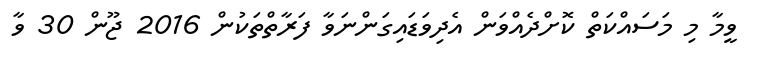
ވީމާ މި މަސައްކަތް ކޮށްދެއްވަން އެދިވަޑައިގަންނަވާ ފަރާތްތަކުން 2016 ޖޫން 30 ވާ